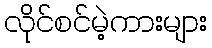
လိုင်စင်မဲ့ကားများ